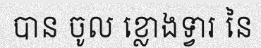
បាន ចូល ខ្លោងទ្វារ នៃ